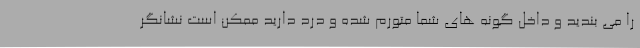
را می بندید و داخل گونه های شما متورم شده و درد دارید ممکن است نشانگر